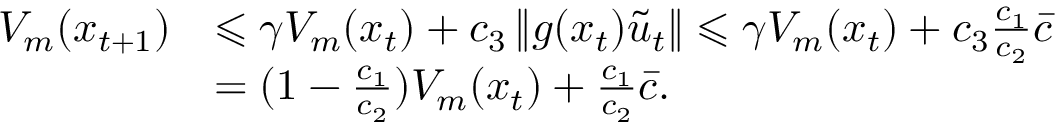
\begin{array} { r l } { V _ { m } ( x _ { t + 1 } ) } & { \leqslant \gamma V _ { m } ( x _ { t } ) + c _ { 3 } \left\| g ( x _ { t } ) \tilde { u } _ { t } \right\| \leqslant \gamma V _ { m } ( x _ { t } ) + c _ { 3 } \frac { c _ { 1 } } { c _ { 2 } } \bar { c } } \\ & { = ( 1 - \frac { c _ { 1 } } { c _ { 2 } } ) V _ { m } ( x _ { t } ) + \frac { c _ { 1 } } { c _ { 2 } } \bar { c } . } \end{array}